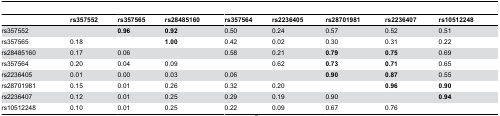
<table><thead><tr><td></td><td><b>rs357552</b></td><td><b>rs357565</b></td><td><b>rs28485160</b></td><td><b>rs357564</b></td><td><b>rs2236405</b></td><td><b>rs28701981</b></td><td><b>rs2236407</b></td><td><b>rs10512248</b></td></tr></thead><tbody><tr><td>rs357552</td><td></td><td><b>0.96</b></td><td><b>0.92</b></td><td>0.50</td><td>0.24</td><td>0.57</td><td>0.52</td><td>0.51</td></tr><tr><td>rs357565</td><td>0.18</td><td></td><td><b>1.00</b></td><td>0.42</td><td>0.02</td><td>0.30</td><td>0.31</td><td>0.22</td></tr><tr><td>rs28485160</td><td>0.17</td><td>0.06</td><td></td><td>0.58</td><td>0.21</td><td><b>0.79</b></td><td><b>0.75</b></td><td>0.69</td></tr><tr><td>rs357564</td><td>0.20</td><td>0.04</td><td>0.09</td><td></td><td>0.62</td><td><b>0.73</b></td><td><b>0.71</b></td><td>0.65</td></tr><tr><td>rs2236405</td><td>0.01</td><td>0.00</td><td>0.03</td><td>0.06</td><td></td><td><b>0.90</b></td><td><b>0.87</b></td><td>0.55</td></tr><tr><td>rs28701981</td><td>0.15</td><td>0.01</td><td>0.26</td><td>0.32</td><td>0.20</td><td></td><td><b>0.96</b></td><td><b>0.90</b></td></tr><tr><td>rs2236407</td><td>0.12</td><td>0.01</td><td>0.25</td><td>0.29</td><td>0.19</td><td>0.90</td><td></td><td><b>0.94</b></td></tr><tr><td>rs10512248</td><td>0.10</td><td>0.01</td><td>0.25</td><td>0.22</td><td>0.09</td><td>0.67</td><td>0.76</td><td></td></tr></tbody></table>